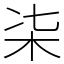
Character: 㭍